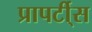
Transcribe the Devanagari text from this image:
प्रापर्टी्स